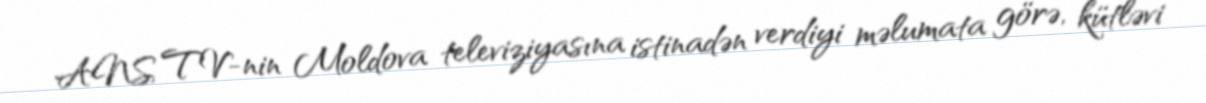
ANS TV-nin Moldova televiziyasına istinadən verdiyi məlumata görə, kütləvi